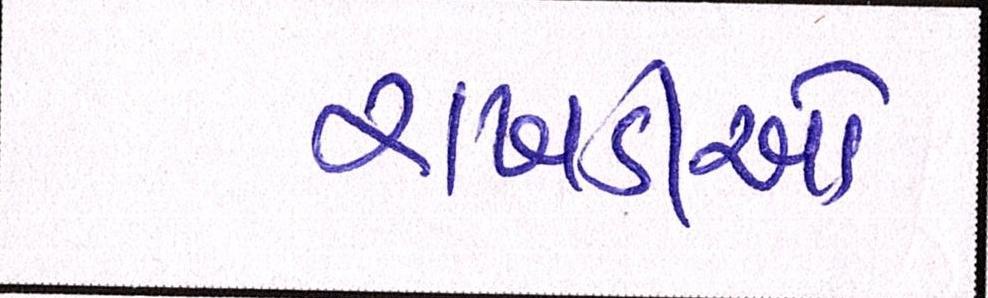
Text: રાખડીઓ